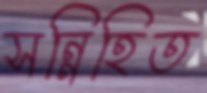
সন্নিহিত